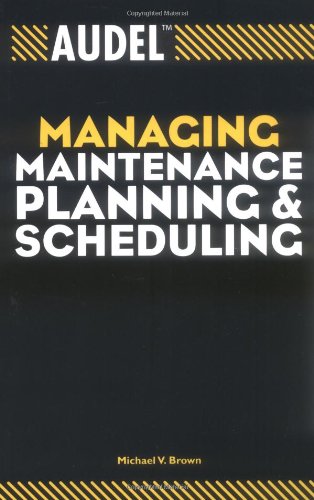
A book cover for Audel Managing Maintenance Planning and Scheduling; Michael V. Brown; Business & Money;